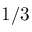
1 / 3